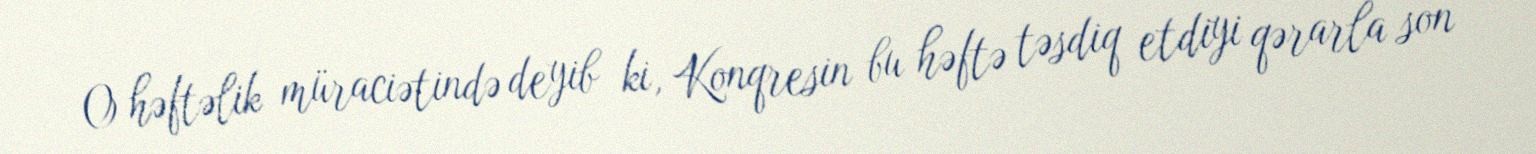
O həftəlik müraciətində deyib ki, Konqresin bu həftə təsdiq etdiyi qərarla son